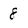
Character: 8